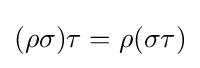
(\rho \sigma )\tau =\rho (\sigma \tau )